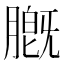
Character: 𬛑